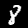
Label: 8